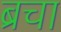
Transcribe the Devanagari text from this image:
ब्रचा